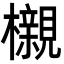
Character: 櫬